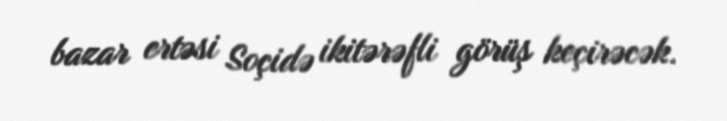
bazar ertəsi Soçidə ikitərəfli görüş keçirəcək.